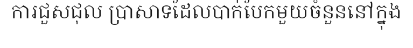
ការជួសជុល ប្រាសាទដែលបាក់បែកមួយចំនួននៅក្នុង